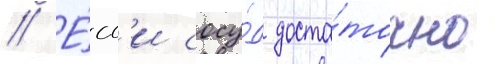
// Е́сл'и сосу́д доста́точно